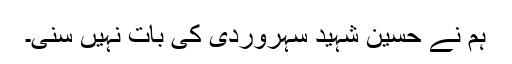
ہم نے حسین شہید سہروردی کی بات نہیں سنی۔